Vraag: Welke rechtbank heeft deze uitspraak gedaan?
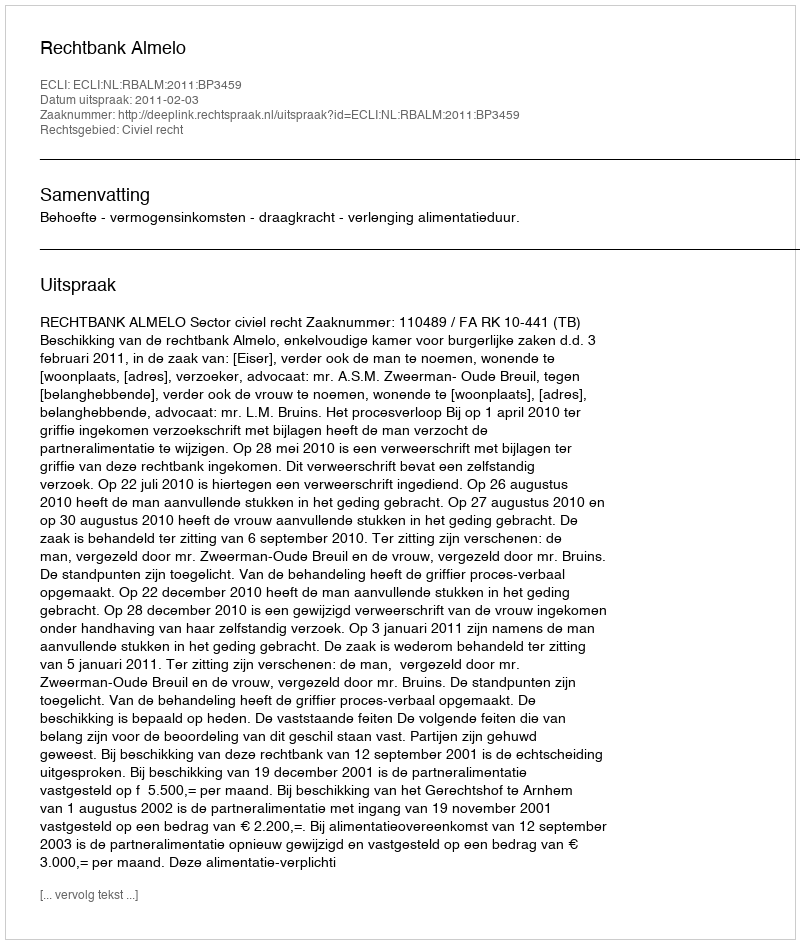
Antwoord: Rechtbank Almelo